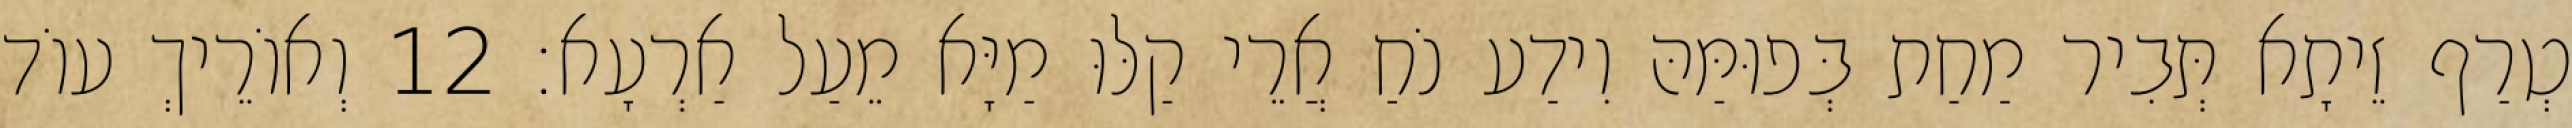
טְרַף זֵיתָא תְּבִיר מַחַת בְּפוּמַּהּ וִידַע נֹחַ אֲרֵי קַלּוּ מַיָּא מֵעַל אַרְעָא׃ 12 וְאוֹרֵיךְ עוֹד